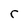
Character: r